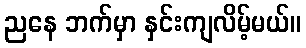
ညနေ ဘက်မှာ နှင်းကျလိမ့်မယ်။